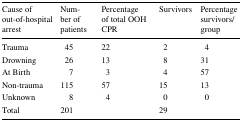
<table><thead><tr><td><b>Cause of out-of-hospital arrest</b></td><td><b>Number of patients</b></td><td><b>Percentage of total OOH CPR</b></td><td><b>Survivors</b></td><td><b>Percentage survivors/group</b></td></tr></thead><tbody><tr><td>Trauma</td><td>45</td><td>22</td><td>2</td><td>4</td></tr><tr><td>Drowning</td><td>26</td><td>13</td><td>8</td><td>31</td></tr><tr><td>At Birth</td><td>7</td><td>3</td><td>4</td><td>57</td></tr><tr><td>Non-trauma</td><td>115</td><td>57</td><td>15</td><td>13</td></tr><tr><td>Unknown</td><td>8</td><td>4</td><td>0</td><td>0</td></tr><tr><td>Total</td><td>201</td><td></td><td>29</td><td></td></tr></tbody></table>